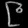
Digit: ၉